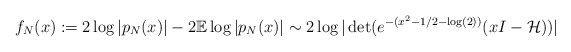
\begin{align*}f_{N}(x) &:= 2\log|p_{N}(x)|-2\mathbb{E}\log|p_{N}(x)| \sim 2\log|\det(e^{-(x^{2}-1/2-\log(2))}(xI-\mathcal{H}))|\end{align*}